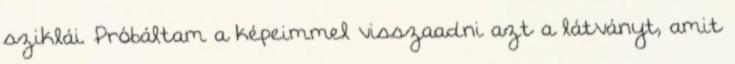
sziklái. Próbáltam a képeimmel visszaadni azt a látványt, amit